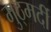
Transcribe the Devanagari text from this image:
मुठ्मर्दी